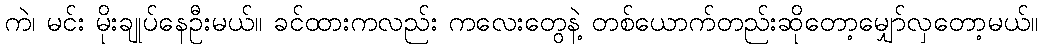
ကဲ၊ မင်း မိုးချုပ်နေဦးမယ်။ ခင်ထားကလည်း ကလေးတွေနဲ့ တစ်ယောက်တည်းဆိုတော့မျှော်လှတော့မယ်။